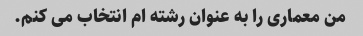
من معماری را به عنوان رشته ام انتخاب می کنم.